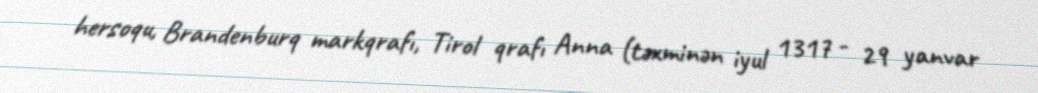
hersoqu, Brandenburq markqrafı, Tirol qrafı Anna (təxminən iyul 1317 - 29 yanvar